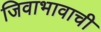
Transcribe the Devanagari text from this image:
जिवाभावाची